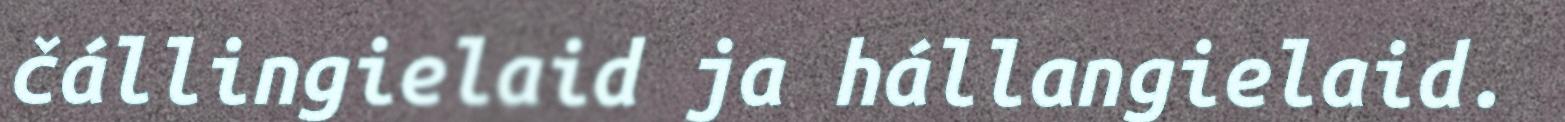
čállingielaid ja hállangielaid.